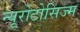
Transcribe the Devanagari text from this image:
न्यूरोटोसिज्म